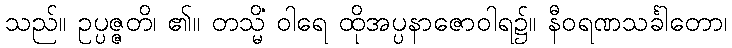
သည်။ ဥပ္ပဇ္ဇတိ၊ ၏။ တသ္မိံ ဝါရေ ထိုအပ္ပနာဇောဝါရ၌။ နီဝရဏသင်္ခါတော၊